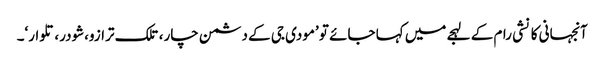
آنجہانی کانشی رام کے لہجے میں کہا جائے تو ’مودی جی کے دشمن چار، تلک ترازو،شودر، تلوار‘۔